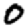
Digit: 0